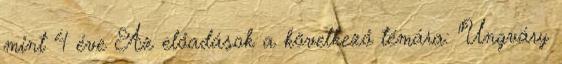
mint 4 éve Az előadások a következő témára: "Ungváry